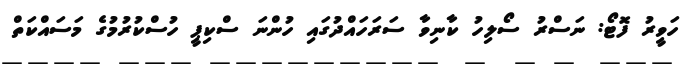
ހަވީރު ފޮޓޯ: ނަސްރު ސޯލިހު ކާނިވާ ސަރަހައްދުގައި ހުންނަ ސްކިޕީ ހުސްކުރުމުގެ މަސައްކަތް